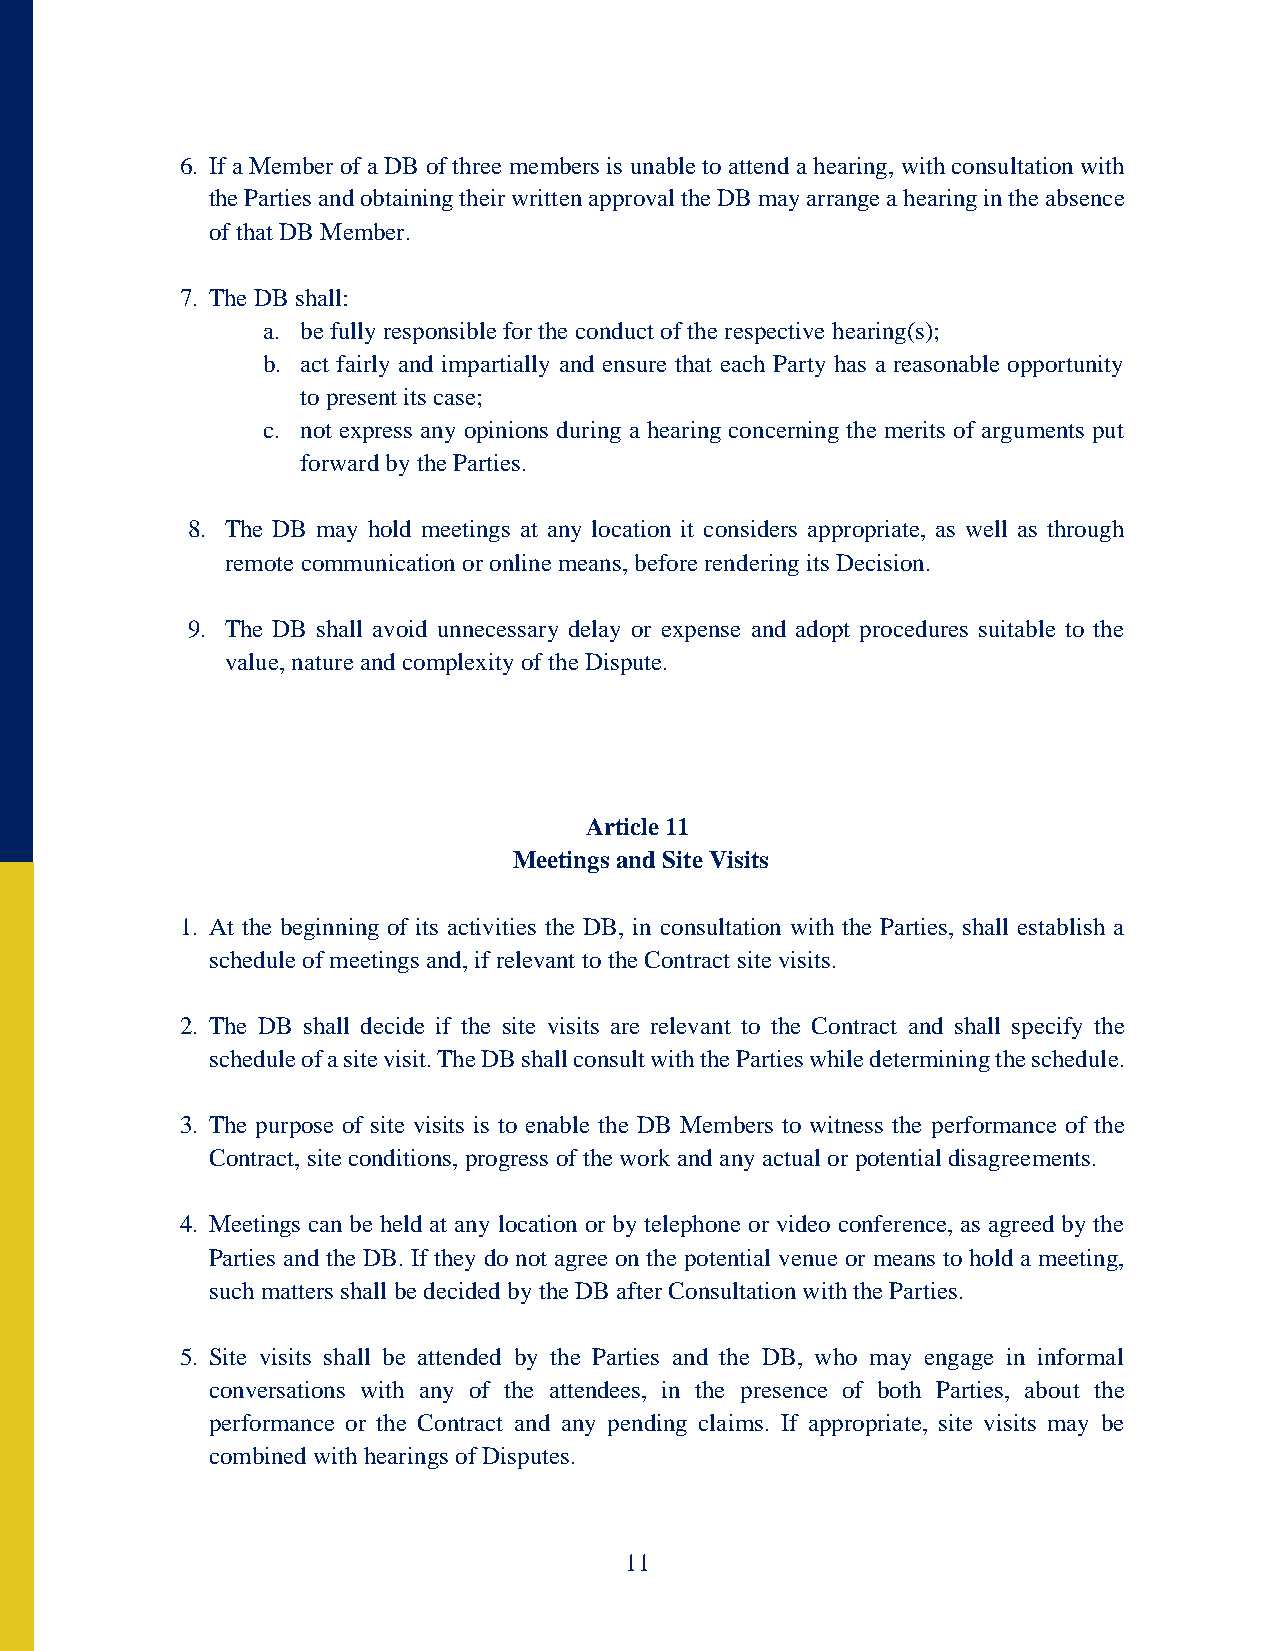
6. If a Member of a DB of three members is unable to attend a hearing, with consultation with
 the Parties and obtaining their written approval the DB may arrange a hearing in the absence
 of that DB Member.
 7. The DB shall:
 a. be fully responsible for the conduct of the respective hearing(s);
 b. act fairly and impartially and ensure that each Party has a reasonable opportunity
 to present its case;
 c. not express any opinions during a hearing concerning the merits of arguments put
 forward by the Parties.
 8. The DB may hold meetings at any location it considers appropriate, as well as through
 remote communication or online means, before rendering its Decision.
 9. The DB shall avoid unnecessary delay or expense and adopt procedures suitable to the
 value, nature and complexity of the Dispute.
 Article 11
 Meetings and Site Visits
 1. At the beginning of its activities the DB, in consultation with the Parties, shall establish a
 schedule of meetings and, if relevant to the Contract site visits.
 2. The DB shall decide if the site visits are relevant to the Contract and shall specify the
 schedule of a site visit. The DB shall consult with the Parties while determining the schedule.
 3. The purpose of site visits is to enable the DB Members to witness the performance of the
 Contract, site conditions, progress of the work and any actual or potential disagreements.
 4. Meetings can be held at any location or by telephone or video conference, as agreed by the
 Parties and the DB. If they do not agree on the potential venue or means to hold a meeting,
 such matters shall be decided by the DB after Consultation with the Parties.
 5. Site visits shall be attended by the Parties and the DB, who may engage in informal
 conversations with any of the attendees, in the presence of both Parties, about the
 performance or the Contract and any pending claims. If appropriate, site visits may be
 combined with hearings of Disputes.
 11